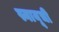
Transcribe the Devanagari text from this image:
स्नायूची